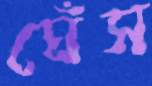
ঘেঁস